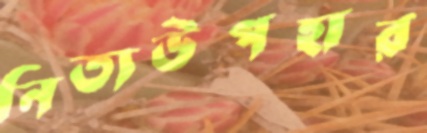
নিত্যউপহার